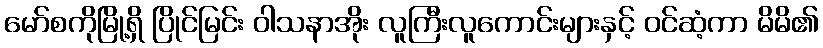
မော်စကိုမြို့ရှိ ပြိုင်မြင်း ဝါသနာအိုး လူကြီးလူကောင်းများနှင့် ဝင်ဆံ့ကာ မိမိ၏